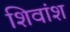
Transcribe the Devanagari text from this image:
शिवांश